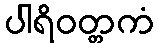
ပါရိဝတ္တကံ